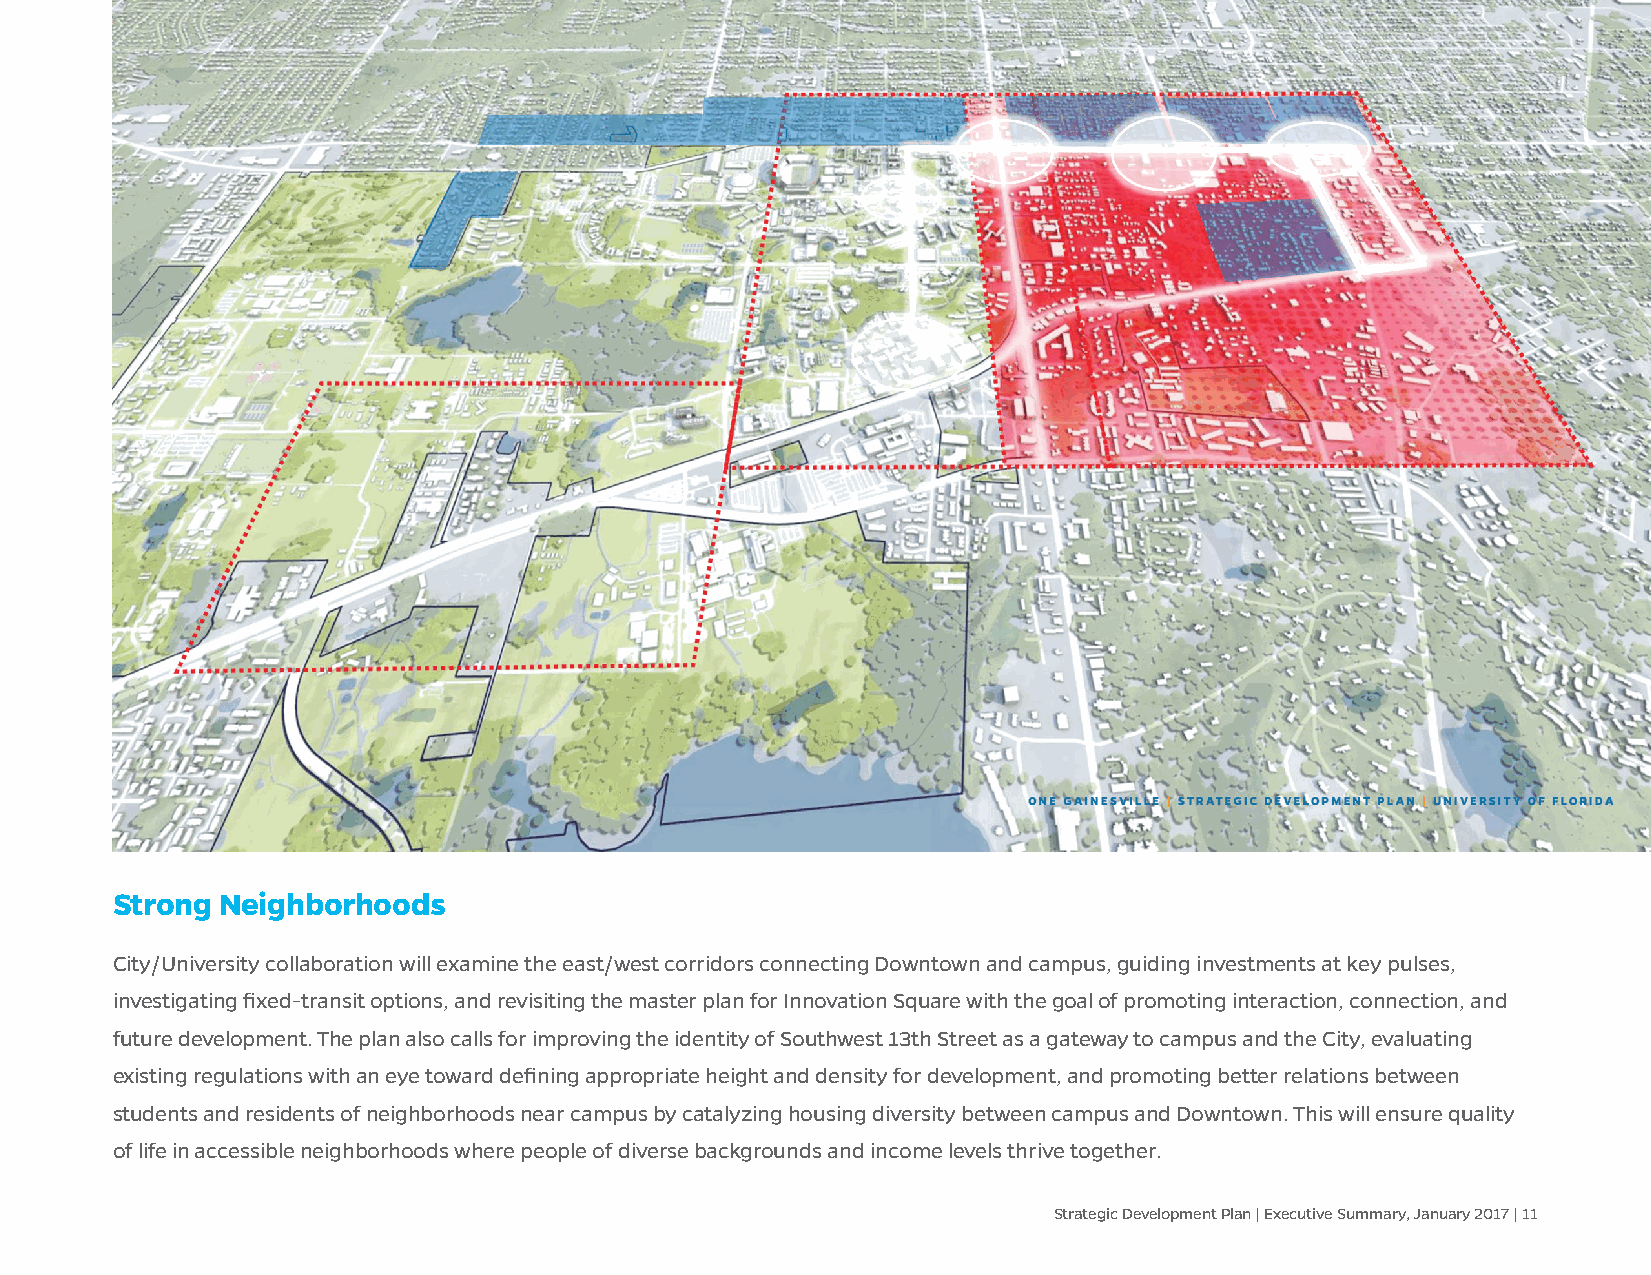
Strong  Neighborhoods
 City/University collaboration will examine the east/west corridors connecting Downtown and campus, guiding investments at key pulses,
 investigating fixed-transit options, and revisiting the master plan for Innovation Square with the goal of promoting interaction, connection, and
 future development. The plan also calls for improving the identity of Southwest 13th Street as a gateway to campus and the City, evaluating
 existing regulations with an eye toward defining appropriate height and density for development, and promoting better relations between
 students and residents of neighborhoods near campus by catalyzing housing diversity between campus and Downtown. This will ensure quality
 of life in accessible neighborhoods where people of diverse backgrounds and income levels thrive together.
 Strategic Development Plan | Executive Summary, January 2017 | 11